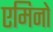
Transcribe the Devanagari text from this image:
एमिनो